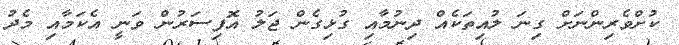
ކުށްވެރިންނަށް ގިނަ ލުއިތަކެއް ދިނުމާއި ގުޅިގެން ޖަލު އޮފިސަރުން ވަނީ އެކަމާއި މެދު